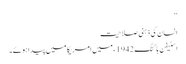
‘‘
انسان کی ذہنی صلاحیت
اسٹیفن ہاکنگ 1942ء میں امریکا میں پیدا ہوئے۔